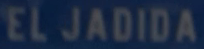
EL JADIDA